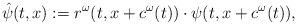
LaTeX: \begin{align*}\hat\psi(t,x):=r^{\omega}(t,x+c^{\omega}(t))\cdot\psi(t,x+c^{\omega}(t)), \end{align*}